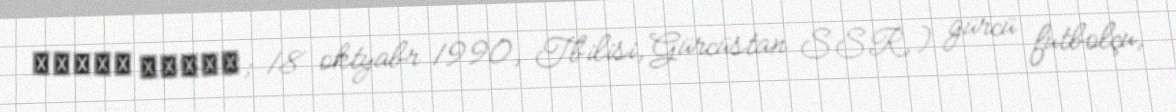
ლევან ყენია; 18 oktyabr 1990, Tbilisi, Gürcüstan SSR, ) gürcü futbolçu,